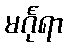
မင်္ဂုရာ